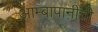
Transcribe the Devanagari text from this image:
आम्बापानीची